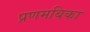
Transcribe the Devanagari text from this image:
प्रणमबिका